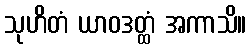
သုဟိတံ ယာဝဒတ္ထံ အကာသိ။